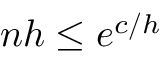
n h \le e ^ { c / h }